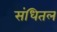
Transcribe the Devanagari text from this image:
संधितल